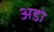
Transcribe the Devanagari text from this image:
अडो